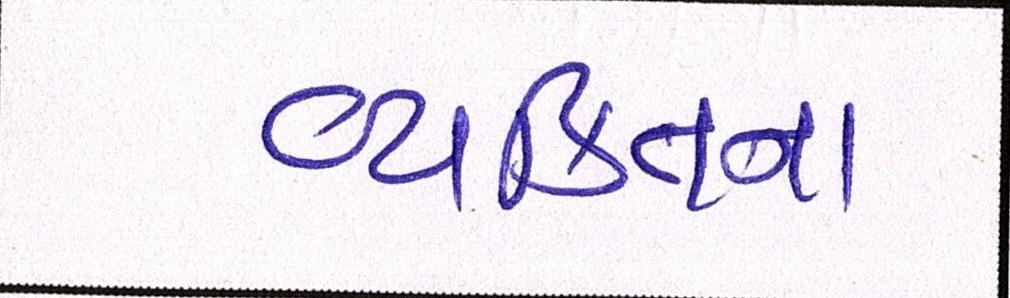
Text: વ્યક્તિના